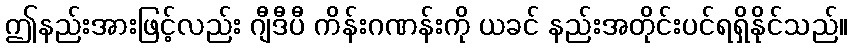
ဤနည်းအားဖြင့်လည်း ဂျီဒီပီ ကိန်းဂဏန်းကို ယခင် နည်းအတိုင်းပင်ရရှိနိုင်သည်။